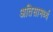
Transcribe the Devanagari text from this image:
अतिसामर्थ्य